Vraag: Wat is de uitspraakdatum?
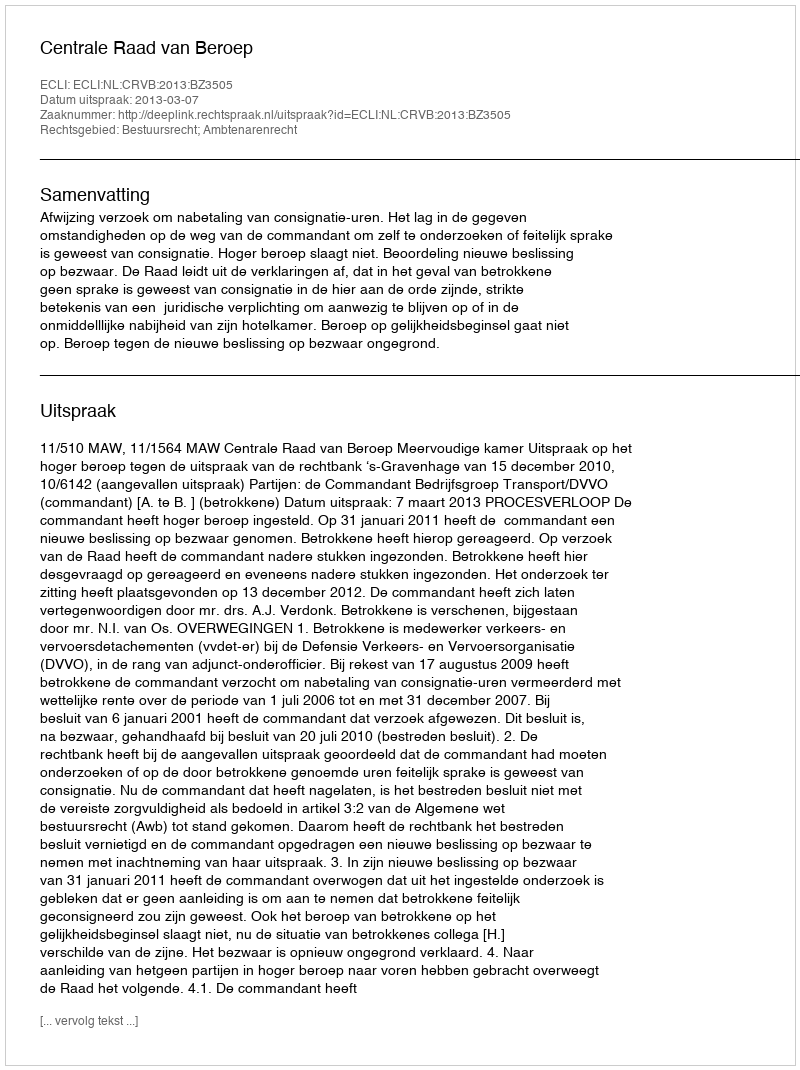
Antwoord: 2013-03-07